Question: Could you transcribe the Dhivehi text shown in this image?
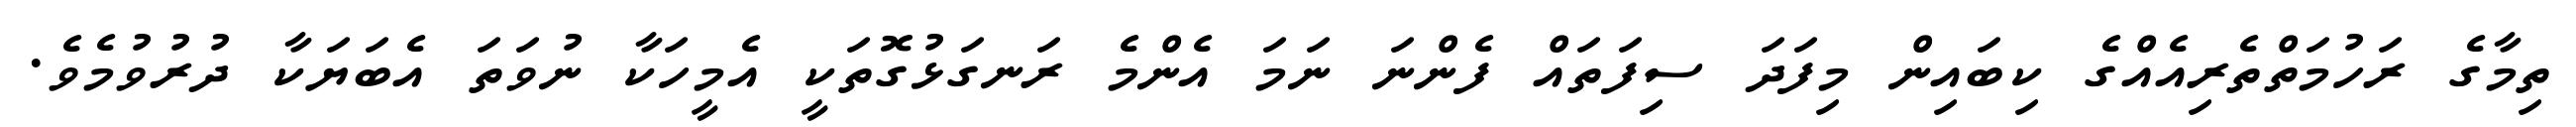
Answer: ތިމާގެ ރަހުމަތްތެރިއެއްގެ ކިބައިން މިފަދަ ސިފަތައް ފެންނަ ނަމަ އެންމެ ރަނގަޅުގޮތަކީ އެމީހަކާ ނުވަތަ އެބަޔަކާ ދުރުވުމެވެ.